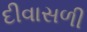
દીવાસળી